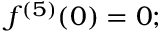
f ^ { ( 5 ) } ( 0 ) = 0 ;